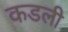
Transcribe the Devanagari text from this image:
कडली